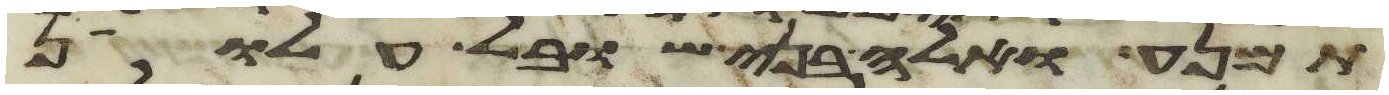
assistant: תמנע ואלה בני שובל עלון